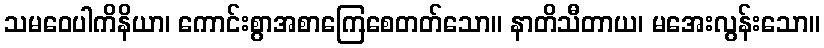
သမဝေပါကိနိယာ၊ ကောင်းစွာအစာကြေစေတတ်သော။ နာတိသီတာယ၊ မအေးလွန်းသော။